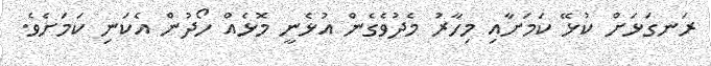
ރަނގަޅަށް ކުޅޭ ކަމަށާއި މިހާރު މެދުވެގެން އުޅެނީ މޮޅެއް ހޯދުން އެކަނި ކަމަށެވެ.